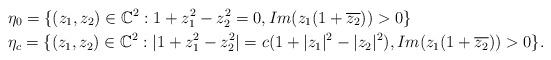
LaTeX: \begin{align*}&\eta_0 = \{(z_1,z_2)\in \mathbb{C}^2 :1+ z_1 ^2 -z_2 ^2=0, Im(z_1 (1+\overline{z_2}))>0 \}\,\,\\& \eta_c =\{(z_1,z_2)\in \mathbb{C}^2 : |1+ z_1 ^2 -z_2 ^2|=c(1+|z_1|^2-|z_2|^2), Im(z_1 (1+\overline{z_2}))>0\}.\end{align*}